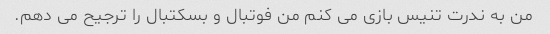
من به ندرت تنیس بازی می کنم من فوتبال و بسکتبال را ترجیح می دهم.